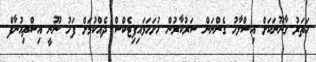
ހަތަރު ގާނޫނަކަށް އިސްލާހު ގެންނަން ސަރުކާރުން ހުށަހަޅައިފިޓެކްސް ދެއްކުމަށް ފަހު ނޫނީ އިސްތިއުނާފް